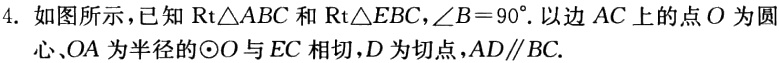
4. 如图所示，已知\(\mathrm{Rt}\triangle ABC\)和\(\mathrm{Rt}\triangle EBC\)，\(\angle B = 90^{\circ}\)。以边 \(AC\) 上的点 \(O\) 为圆心、\(OA\) 为半径的\(\odot O\) 与 \(EC\) 相切，\(D\) 为切点，\(AD\parallel BC\)。